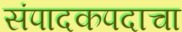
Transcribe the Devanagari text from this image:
संपादकपदाचा